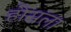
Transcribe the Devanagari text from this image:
होसला